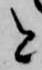
と